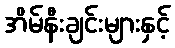
အိမ်နီးချင်းများနှင့်